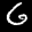
Label: 6